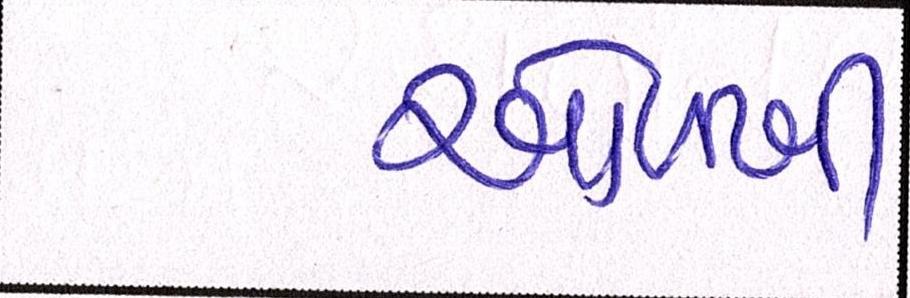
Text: ઓળખી